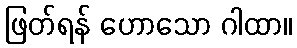
ဖြတ်ရန် ဟောသော ဂါထာ။